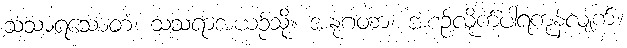
သံသာရသောတံ၊ သံသရာအယဉ်သို့။ အနုဂတာ၊ အစဉ်လိုက်ပါရကုန်လျက်။